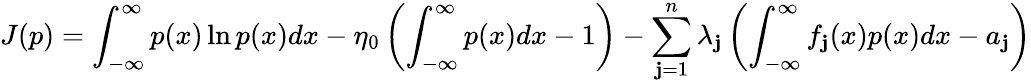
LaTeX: J(p)=\int_{-\infty}^{\infty}p(x)\ln{p(x)}dx-\eta_{0}\left(\int_{-\infty}^{\infty}p(x)dx-1\right)-\sum_{\mathbf{j}=1}^{n}\lambda_{\mathbf{j}}\left(\int_{-\infty}^{\infty}f_{\mathbf{j}}(x)p(x)dx-a_{\mathbf{j}}\right)